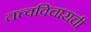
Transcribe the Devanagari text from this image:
तत्त्वविचारांची